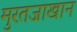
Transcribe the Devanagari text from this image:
मुरतजाखान